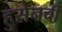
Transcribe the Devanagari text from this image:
हुसेनची